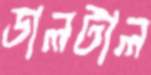
ডালটাল